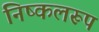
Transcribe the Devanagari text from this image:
निष्कलरूप